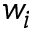
w _ { i }